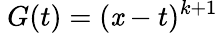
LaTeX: \ G(t)=(\mathit{x}-t)^{k+1}